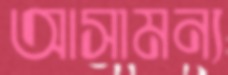
আসামন্য